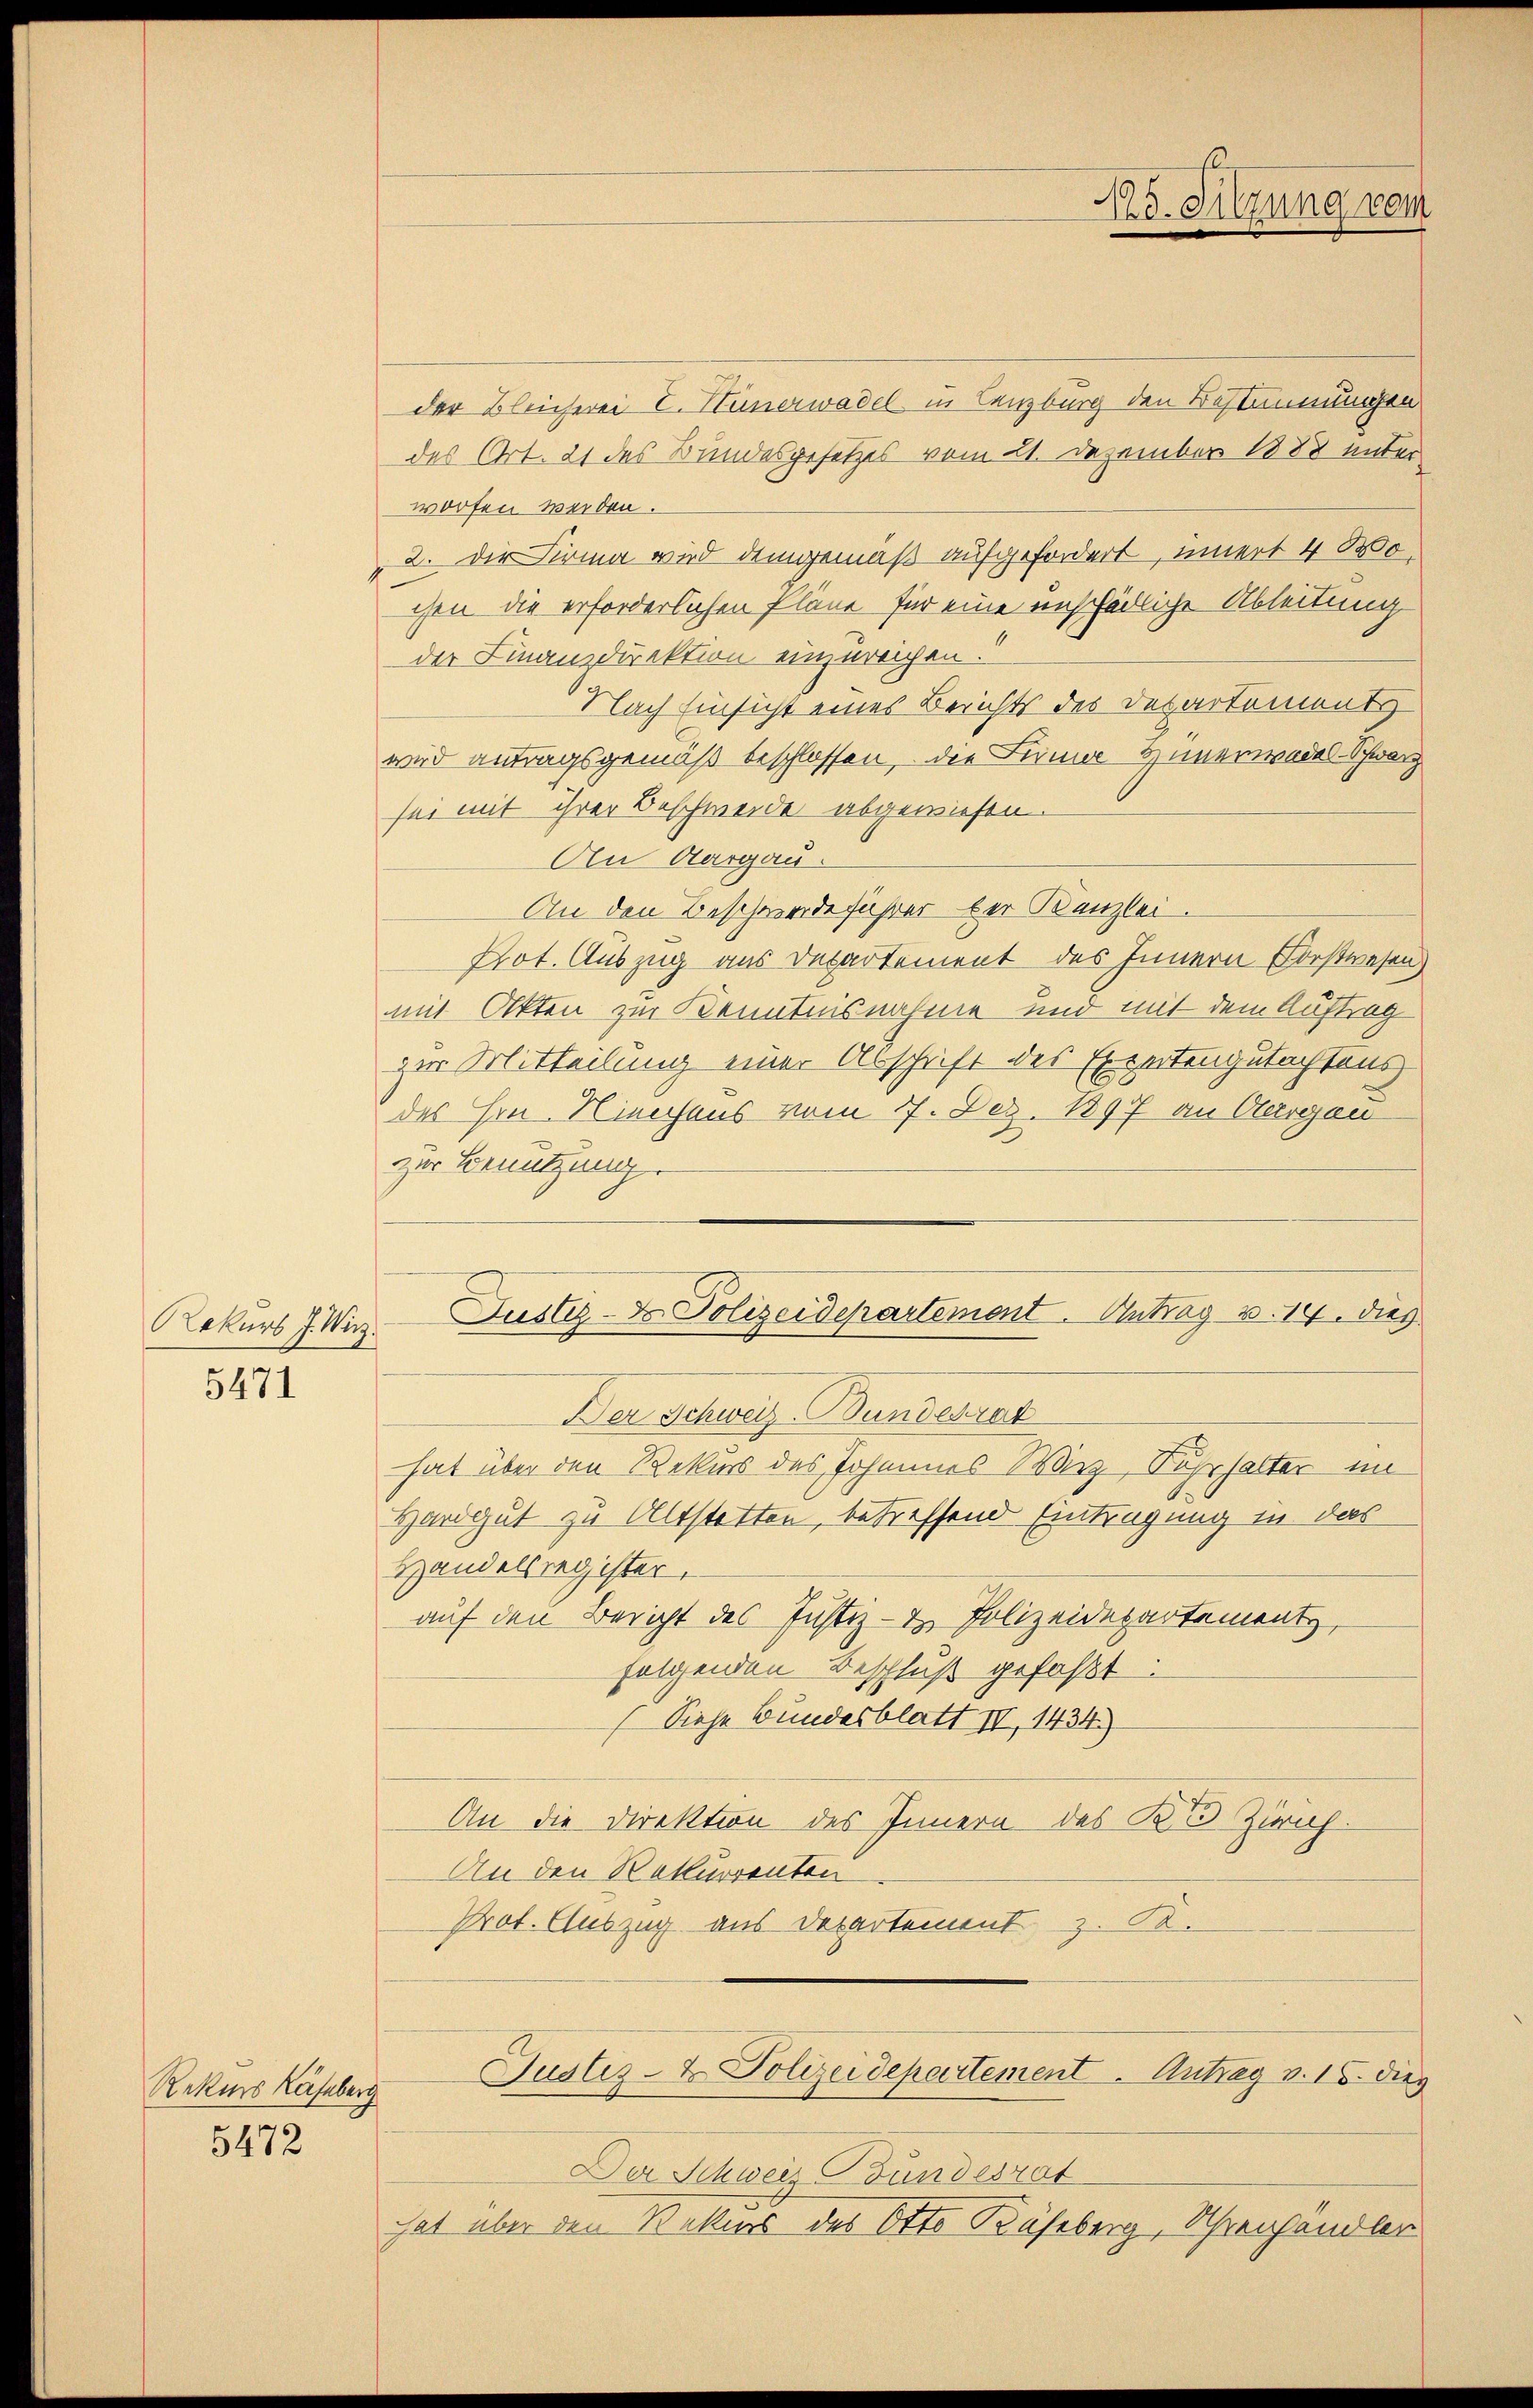
Rekurs J. Wirz

5471

Rekurs Käseberg
5472

der Bleicherei E. Hünerwadel in Lenzburg den Bestimmungen
des Art. 21 des Bundesgesetzes vom 21. Dezember 1888 unter
worfen werden.
2. Der Firma wird demgemäß aufgefordert, inert 4 Wo
chen die erforderlichen Pläne für eine unschädliche Ableitung
der Finanzdirektion einzureichen.
Nach Einsicht eines Berichts des Departements
wird antragsgemäß beschlossen, die Firma & unerwadel-Schwarz
sei mit ihrer Beschwerde abgewiesen.
An Aargau.
An den Beschwerdeführer bei Kanzlei.
Not. Auszug aus Departement des Innern Forstwesen
mit Akten zur Kenntnisnahme und mit dem Auftrag
zur Mitteilung einer Abschrift des Expertengutachtens
des Hrn. Niechens vom 17. Dez. 1897 an Aargau
zur Benutzung.
Justiz-Dr. Polizeidepartement. Antrag v. 14. dies
Der Schweiz. Bundesrat
hat über den Rekurs des Johannes Wirz, Suhrhalter im
Hand gut zu Altstatten, betreffend Eintragung in das
Handelsregister,
auf den Bericht des Justiz- & Polizeidepartement,
folgenden Beschluß gefaßt:
Siehe Bundesblatt IV, 1434)
An die Direktion des Innern des B. Zürich.
An den Rekurrenten
Prot. Auszug aus Departement z. B.

125. Sitzung vom

Der Schweiz Bundesrat
hat über den Rekurs des Otto Käseberg, Uhrenhandler

Justiz- & Polizeidepartement. Antrag v. 15. dies